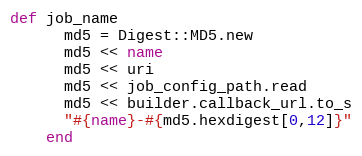
Language: Ruby
def job_name
      md5 = Digest::MD5.new
      md5 << name
      md5 << uri
      md5 << job_config_path.read
      md5 << builder.callback_url.to_s
      "#{name}-#{md5.hexdigest[0,12]}"
    end